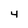
Character: 4